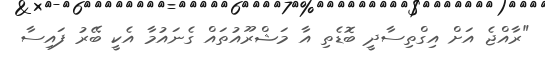
"ރާއްޖެ އަށް އިގްތިސާދީ ބޮޑެތި އާ މަޝްރޫއުތައް ގެނައުމާ އެކީ ބޭރު ފައިސާ